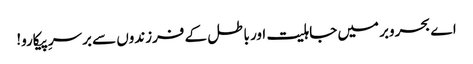
اے بحروبر میں جاہلیت اور باطل کے فرزندوں سے برسرِپیکارو!